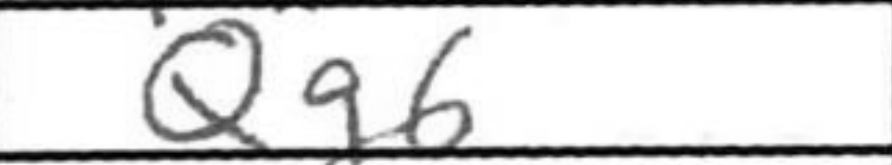
Transcription: Qg6